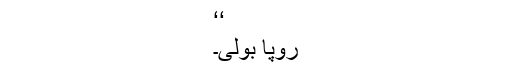
‘‘
رُوپا بولی۔